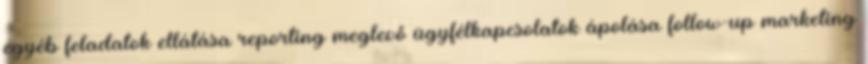
egyéb feladatok ellátása reporting meglevő ügyfélkapcsolatok ápolása follow-up marketing